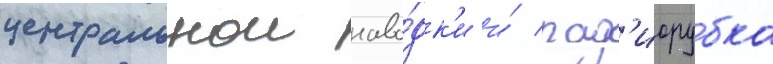
центральнои наво́дк'и и́ рад'иорубка